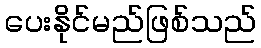
ပေးနိုင်မည်ဖြစ်သည်